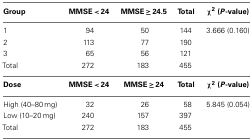
<table><thead><tr><td><b>Group</b></td><td><b>MMSE &lt; 24</b></td><td><b>MMSE ≥ 24.5</b></td><td><b>Total</b></td><td><b>χ<sup>2</sup> (<i>P</i>-value)</b></td></tr></thead><tbody><tr><td>1</td><td>94</td><td>50</td><td>144</td><td>3.666 (0.160)</td></tr><tr><td>2</td><td>113</td><td>77</td><td>190</td><td></td></tr><tr><td>3</td><td>65</td><td>56</td><td>121</td><td></td></tr><tr><td>Total</td><td>272</td><td>183</td><td>455</td><td></td></tr><tr><td><b>Dose</b></td><td><b>MMSE &lt; 24</b></td><td><b>MMSE ≥ 24</b></td><td><b>Total</b></td><td><b>χ<sup>2</sup> (<i>P</i>-value)</b></td></tr><tr><td>High (40–80 mg)</td><td>32</td><td>26</td><td>58</td><td>5.845 (0.054)</td></tr><tr><td>Low (10–20 mg)</td><td>240</td><td>157</td><td>397</td><td></td></tr><tr><td>Total</td><td>272</td><td>183</td><td>455</td><td></td></tr></tbody></table>